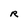
Character: R